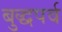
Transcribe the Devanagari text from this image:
बुद्धपर्व